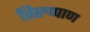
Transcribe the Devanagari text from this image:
तिरुप्पाण